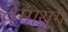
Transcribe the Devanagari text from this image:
चेमायुंग